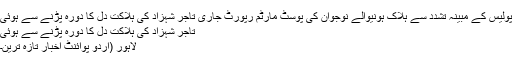
پولیس کے مبینہ تشدد سے ہلاک ہونیوالے نوجوان کی پوسٹ مارٹم رپورٹ جاری تاجر شہزاد کی ہلاکت دل کا دورہ پڑنے سے ہوئی
تاجر شہزاد کی ہلاکت دل کا دورہ پڑنے سے ہوئی
لاہور (اُردو پوائنٹ اخبار تازہ ترین۔